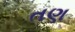
તણ